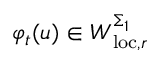
\varphi _ { t } ( u ) \in W _ { \mathrm { l o c } , r } ^ { \Sigma _ { 1 } }